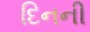
દિનની